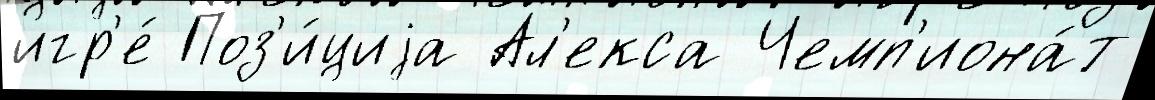
игр'е́ Поз'и́циjа Ал'екса Чемп'иона́т